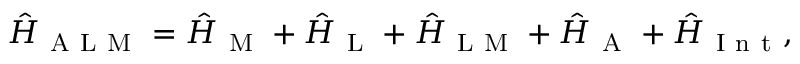
\hat { H } _ { \mathrm { ~ A ~ L ~ M ~ } } = \hat { H } _ { \mathrm { ~ M ~ } } + \hat { H } _ { \mathrm { ~ L ~ } } + \hat { H } _ { \mathrm { ~ L ~ M ~ } } + \hat { H } _ { \mathrm { ~ A ~ } } + \hat { H } _ { \mathrm { ~ I ~ n ~ t ~ } } ,